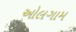
ઓલગામ